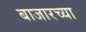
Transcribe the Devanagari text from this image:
बाजारच्या